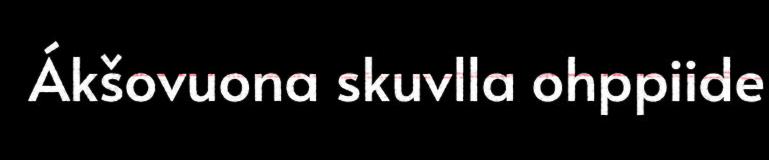
Ákšovuona skuvlla ohppiide